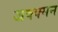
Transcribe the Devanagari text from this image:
जक्क्मन